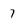
Character: 7